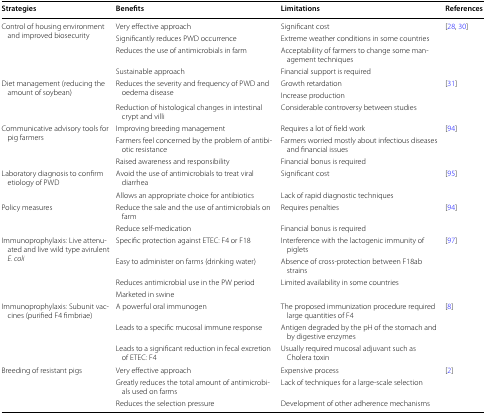
| Strategies | Benefits | Limitations | References |
 | --- | --- | --- | --- |
 | <ROWSPAN=4> Control of housing environment and improved biosecurity | Very effective approach | Significant cost | <ROWSPAN=4> [28, 30] |
 | Significantly reduces PWD occurrence | Extreme weather conditions in some countries |
 | Reduces the use of antimicrobials in farm | Acceptability of farmers to change some management techniques |
 | Sustainable approach | Financial support is required |
 | <ROWSPAN=3> Diet management (reducing the amount of soybean) | <ROWSPAN=2> Reduces the severity and frequency of PWD and oedema disease | Growth retardation | <ROWSPAN=3> [31] |
 | Increase production |
 | Reduction of histological changes in intestinal crypt and villi | Considerable controversy between studies |
 | <ROWSPAN=3> Communicative advisory tools for pig farmers | Improving breeding management | Requires a lot of field work | <ROWSPAN=3> [94] |
 | Farmers feel concerned by the problem of antibiotic resistance | Farmers worried mostly about infectious diseases and financial issues |
 | Raised awareness and responsibility | Financial bonus is required |
 | <ROWSPAN=2> Laboratory diagnosis to confirm etiology of PWD | Avoid the use of antimicrobials to treat viral diarrhea | Significant cost | <ROWSPAN=2> [95] |
 | Allows an appropriate choice for antibiotics | Lack of rapid diagnostic techniques |
 | <ROWSPAN=2> Policy measures | Reduce the sale and the use of antimicrobials on farm | Requires penalties | <ROWSPAN=2> [94] |
 | Reduce self-medication | Financial bonus is required |
 | <ROWSPAN=4> Immunoprophylaxis: Live attenuated and live wild type avirulent E. coli | Specific protection against ETEC: F4 or F18 | Interference with the lactogenic immunity of piglets | <ROWSPAN=4> [97] |
 | Easy to administer on farms (drinking water) | Absence of cross-protection between F18ab strains |
 | Reduces antimicrobial use in the PW period | <ROWSPAN=2> Limited availability in some countries |
 | Marketed in swine |
 | <ROWSPAN=3> Immunoprophylaxis: Subunit vaccines (purified F4 fimbriae) | A powerful oral immunogen | The proposed immunization procedure required large quantities of F4 | <ROWSPAN=3> [8] |
 | Leads to a specific mucosal immune response | Antigen degraded by the pH of the stomach and by digestive enzymes |
 | Leads to a significant reduction in fecal excretion of ETEC: F4 | Usually required mucosal adjuvant such as Cholera toxin |
 | <ROWSPAN=3> Breeding of resistant pigs | Very effective approach | Expensive process | <ROWSPAN=3> [2] |
 | Greatly reduces the total amount of antimicrobials used on farms | Lack of techniques for a large-scale selection |
 | Reduces the selection pressure | Development of other adherence mechanisms |